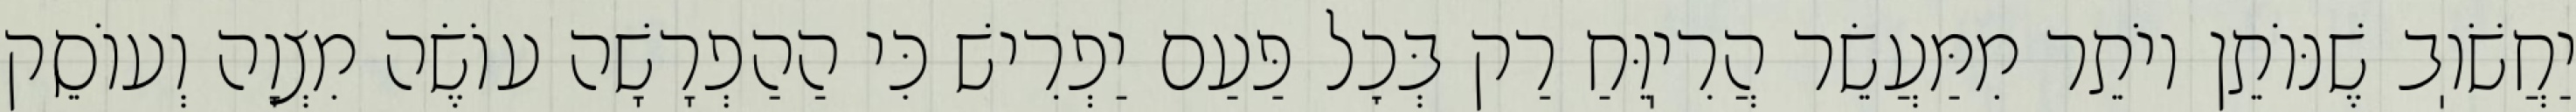
יַחֲשֹׁוֽב שֶׁנּוֹתֵן יוֹתֵר מִמַּעֲשֵׂר הֲרִיֽוֵּחַ רַק בְּכׇל פַּעַם יַפְרִישׁ כִּי הַהַפְרָשָׁה עוֹשֶׂה מִצְוָה וְעוֹסֵק